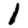
Digit: 1